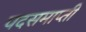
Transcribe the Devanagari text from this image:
पदसमाप्ती